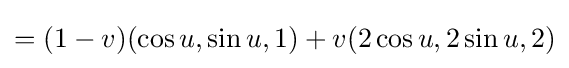
=(1-v)(\cos u,\sin u,1)+v(2\cos u,2\sin u,2)